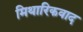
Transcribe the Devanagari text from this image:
मिथारिकवाद